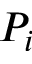
P _ { i }